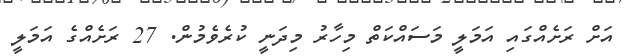
އަށް ރަށެއްގައި އަމަލީ މަސައްކަތް މިހާރު މިދަނީ ކުރެވެމުން. 27 ރަށެއްގެ އަމަލީ